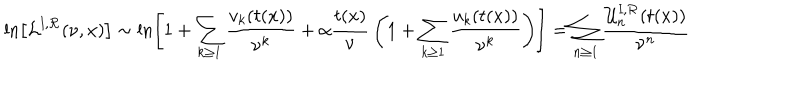
\ln \left[ { \cal L } ^ { \mathrm { I } , { \cal R } } ( \nu , x ) \right] \sim \ln \left[ 1 + \sum _ { k \geq 1 } { \frac { v _ { k } ( t ( x ) ) } { \nu ^ { k } } } + { \alpha } { \frac { t ( x ) } { \nu } } \left( 1 + \sum _ { k \geq 1 } { \frac { u _ { k } ( t ( x ) ) } { \nu ^ { k } } } \right) \right] = \sum _ { n \geq 1 } { \frac { { \cal U } _ { n } ^ { \mathrm { I } , { \cal R } } ( t ( x ) ) } { \nu ^ { n } } }